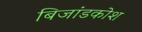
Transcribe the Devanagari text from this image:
बिजांडकोश